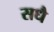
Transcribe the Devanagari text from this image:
सधै